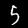
Label: 5